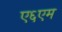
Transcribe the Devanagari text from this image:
ए६एम